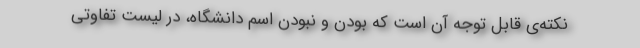
نکته‌ی قابل توجه آن است که بودن و نبودن اسم دانشگاه، در لیست تفاوتی